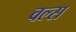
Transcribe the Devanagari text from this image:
वल्स